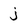
Character: j